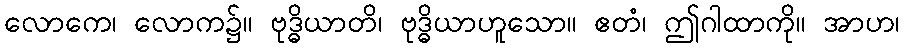
လောကေ၊ လောက၌။ ဗုဒ္ဓိယာတိ၊ ဗုဒ္ဓိယာဟူသော။ ဧတံ၊ ဤဂါထာကို။ အာဟ၊